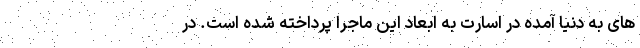
های به دنیا آمده در اسارت به ابعاد این ماجرا پرداخته شده است‌. در